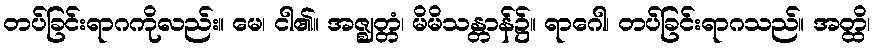
တပ်ခြင်းရာဂကိုလည်း။ မေ၊ ငါ၏။ အဇ္ဈတ္တံ၊ မိမိသန္တာန်၌။ ရာဂေါ၊ တပ်ခြင်းရာဂသည်။ အတ္ထိ၊